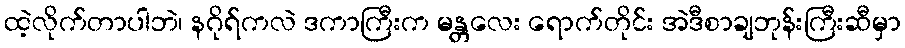
ထဲ့လိုက်တာပါဘဲ၊ နဂိုရ်ကလဲ ဒကာကြီးက မန္တလေး ရောက်တိုင်း အဲဒီစာချဘုန်းကြီးဆီမှာ